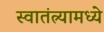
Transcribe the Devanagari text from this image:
स्वातंत्र्यामध्ये